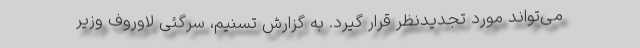
می‌تواند مورد تجدیدنظر قرار گیرد. به گزارش تسنیم، سرگئی لاوروف وزیر